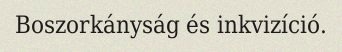
Boszorkányság és inkvizíció.